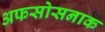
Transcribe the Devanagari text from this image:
अफसोसनाक